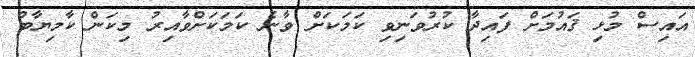
އައިސް މުޅި ޤައުމަށް ފައިދާ ކުރުވަނިވި ކަމަކަށް ވާނެ ކަމަކަށްވާއިރު މިކަން ކާމިޔާބު